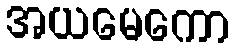
အယမေကော